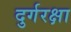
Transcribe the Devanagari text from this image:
दुर्गरक्षा